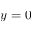
y = 0